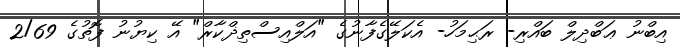
އިބްނު ޢަބްދިލް ބައްރި- ރަޙިމަހު- އެކަލޭގެފާނުގެ "އަލްއިސްތިޛްކާރް" އޭ ކިޔުނު ފޮތުގެ 2/69